Report of the Indian Hemp Drugs Commission, 1894-1895 - Volume I
Year: 1894
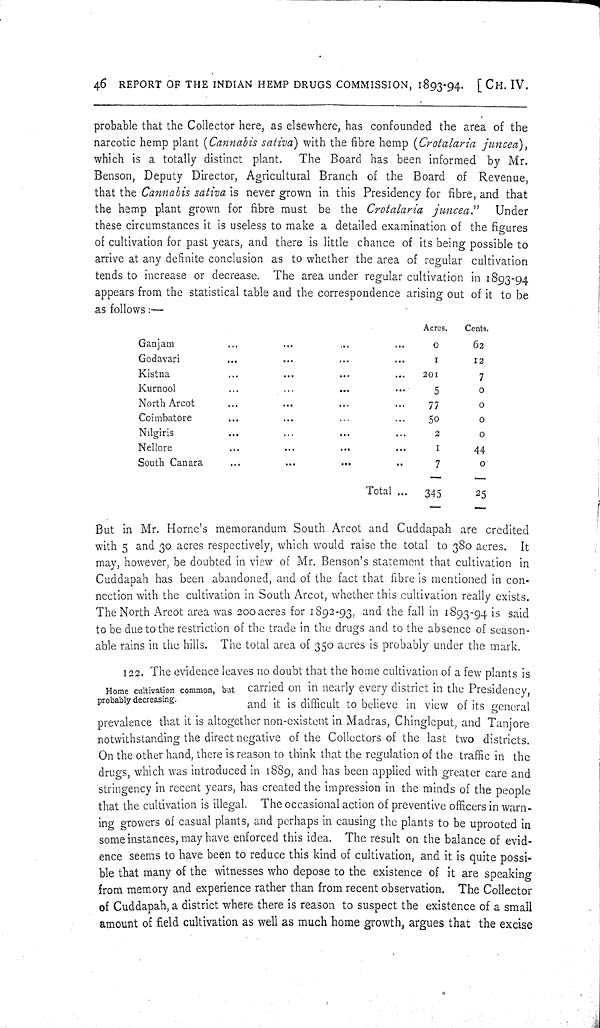
46 REPORT OF THE INDIAN HEMP DRUGS COMMISSION, 1893-94. [CH. IV.
probable that the Collector here, as elsewhere, has confounded the area of the
narcotic hemp plant (Cannabis sativa) with the fibre hemp (Crotalaria juncea),
which is a totally distinct plant.
The Board has been informed by Mr.
Benson, Deputy Director, Agricultural Branch of the Board of Revenue,
that the Cannabis sativa is never grown in this Presidency for fibre, and that
the hemp plant grown for fibre must be the Crotalaria
juncea."
Under
these circumstances it is useless to make a detailed examination of the figures
of cultivation for past years, and there is little chance of its being possible to
arrive at any definite conclusion as to whether the area of regular cultivation
tends to increase or decrease. The area under regular cultivation in 1893-94
appears from the statistical table and the correspondence arising out of it to be
as follows:—
Acres.
Cents.
Ganjam
0
62
Godavari
1
12
Kistna
201
7
Kurnool
5
0
North Arcot
77
0
Coimbatore
50
0
Nilgiris
2
0
Nellore
1
44
South Canara
7
0
Total
345
25
But in Mr. Horne's memorandum South Arcot and Cuddapah are credited
with 5 and 30 acres respectively, which would raise the total to 380 acres. It
may, however, be doubted in view of Mr. Benson's statement that cultivation in
Cuddapah has been abandoned, and of the fact that fibre is mentioned in con-
nection with the cultivation in South Arcot, whether this cultivation really exists.
The North Arcot area was 200 acres for 1892-93, and the fall in 1893-94 is said
to be due to the restriction of the trade in the drugs and to the absence of season-
able rains in the hills. The total area of 350 acres is probably under the mark.
Home cultivation common, but
probably decreasing.
122. The evidence leaves no doubt that the home cultivation of a few plants is
carried on in nearly every district in the Presidency,
and it is difficult to believe in view of its general
prevalence that it is altogether non-existent in Madras, Chingleput, and Tanjore
notwithstanding the direct negative of the Collectors of the last two districts.
On the other hand, there is reason to think that the regulation of the traffic in the
drugs, which was introduced in 1889, and has been applied with greater care and
stringency in recent years, has created the impression in the minds of the people
that the cultivation is illegal. The occasional action of preventive officers in warn-
ing growers of casual plants, and perhaps in causing the plants to be uprooted in
some instances, may have enforced this idea. The result on the balance of evid-
ence seems to have been to reduce this kind of cultivation, and it is quite possi-
ble that many of the witnesses who depose to the existence of it are speaking
from memory and experience rather than from recent observation. The Collector
of Cuddapah, a district where there is reason to suspect the existence of a small
amount of field cultivation as well as much home growth, argues that the excise